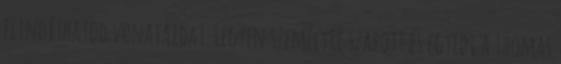
elindíthatod vonataidat. Legyen személyre szabott és egyedi a Thomas